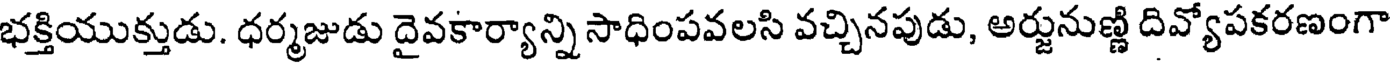
భక్తియుక్తుడు. ధర్మజుడు దైవకార్యాన్ని సాధింపవలసి వచ్చినపుడు, అర్జునుణ్ణి దివ్యోపకరణంగా